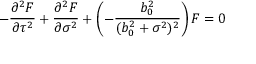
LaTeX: - \frac { { \partial } ^ { 2 } F } { { \partial } \tau ^ { 2 } } + \frac { { \partial } ^ { 2 } F } { { \partial } \sigma ^ { 2 } } + \left( - \frac { b _ { 0 } ^ { 2 } } { ( b _ { 0 } ^ { 2 } + \sigma ^ { 2 } ) ^ { 2 } } \right) F = 0